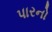
પારનો